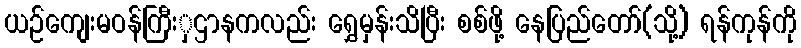
ယဉ်ကျေးမဝန်ကြီးှဌာနကလည်း ရွှေမှန်းသိပြီး စစ်ဖို့ နေပြည်တော်(သို့) ရန်ကုန်ကို